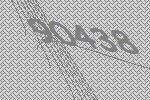
90438